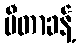
မီတာခန့်